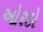
ઓરડો